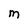
Character: M